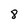
Character: 8